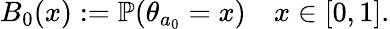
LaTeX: B_{0}(x):=\mathbb{P}(\theta_{a_{0}}=x)\quad x\in[0,1].